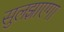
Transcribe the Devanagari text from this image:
सुलझाएगा